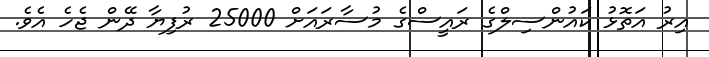
އިރު އަތޮޅު ކައުންސިލްގެ ރައީސްގެ މުސާރައަށް 25000 ރުފިޔާ ދޭން ޖެހެ އެވެ.